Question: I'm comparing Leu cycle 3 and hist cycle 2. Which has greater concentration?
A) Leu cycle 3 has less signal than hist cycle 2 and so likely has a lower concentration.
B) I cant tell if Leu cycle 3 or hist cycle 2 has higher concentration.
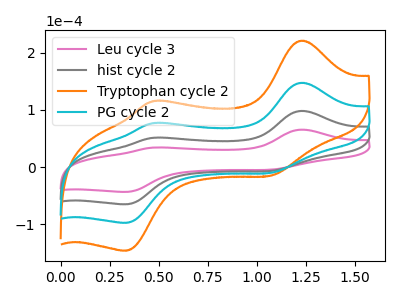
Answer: <think>The pink curve "Leu cycle 3" has anodic peaks at (1.25V, 65.55uA) (0.45V, 34.20uA) and cathodic peaks at (1.05V, -4.35uA) (0.35V, -43.30uA). The gray curve "hist cycle 2" has anodic peaks at (1.25V, 98.35uA) (0.45V, 51.25uA) and cathodic peaks at (1.05V, -6.50uA) (0.35V, -64.95uA). The orange curve "Tryptophan cycle 2" has anodic peaks at (1.25V, 295.00uA) (0.45V, 153.80uA) and cathodic peaks at (1.05V, -19.55uA) (0.35V, -194.80uA). The cyan curve "PG cycle 2" has anodic peaks at (1.25V, 196.70uA) (0.45V, 102.50uA) and cathodic peaks at (1.05V, -13.05uA) (0.35V, -129.85uA).
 All the peaks in "Leu cycle 3" have a peak in "hist cycle 2" at the same potential. Every peak in "Leu cycle 3" is lower than every peak in "hist cycle 2".</think>
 <answer>A) "Leu cycle 3" has less signal than "hist cycle 2" and so likely has a lower concentration.</answer>
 <eval>A</eval>